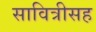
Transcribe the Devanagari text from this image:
सावित्रीसह